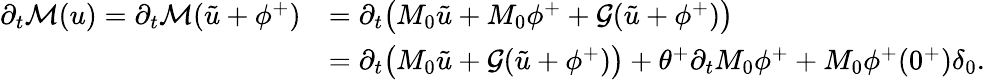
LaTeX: \begin{array}{rl}{\partial_{t}\mathcal{M}(u)=\partial_{t}\mathcal{M}(\tilde{u}+\phi^{+})}&{=\partial_{t}\bigl(M_{0}\tilde{u}+M_{0}\phi^{+}+\mathcal{G}(\tilde{u}+\phi^{+})\bigr)}\\ &{=\partial_{t}\bigl(M_{0}\tilde{u}+\mathcal{G}(\tilde{u}+\phi^{+})\bigr)+\theta^{+}\partial_{t}M_{0}\phi^{+}+M_{0}\phi^{+}(0^{+})\delta_{0}.}\end{array}